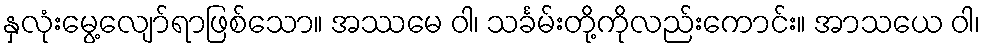
နှလုံးမွေ့လျော်ရာဖြစ်သော။ အဿမေ ဝါ၊ သင်္ခမ်းတို့ကိုလည်းကောင်း။ အာသယေ ဝါ၊